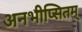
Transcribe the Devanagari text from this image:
अनभीप्सितम्